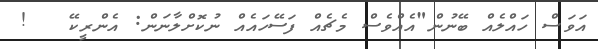
އަވަސް ހައްލެއް ބޭނުން"އެއްވެސް މެޗެއް ފަސޭހައެއް ނުކޮށްލާނަން: އެންރީކޭ   !